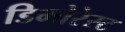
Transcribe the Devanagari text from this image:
डिमोरेस्ट